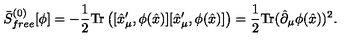
\bar { S } _ { f r e e } ^ { ( 0 ) } [ \phi ] = - { \frac { 1 } { 2 } } \mathrm { T r } \left( [ \hat { x } _ { \mu } ^ { \prime } , \phi ( \hat { x } ) ] [ \hat { x } _ { \mu } ^ { \prime } , \phi ( \hat { x } ) ] \right) = { \frac { 1 } { 2 } } \mathrm { T r } ( \hat { \partial } _ { \mu } \phi ( \hat { x } ) ) ^ { 2 } .